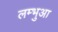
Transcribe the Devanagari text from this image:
लम्‍भुआ